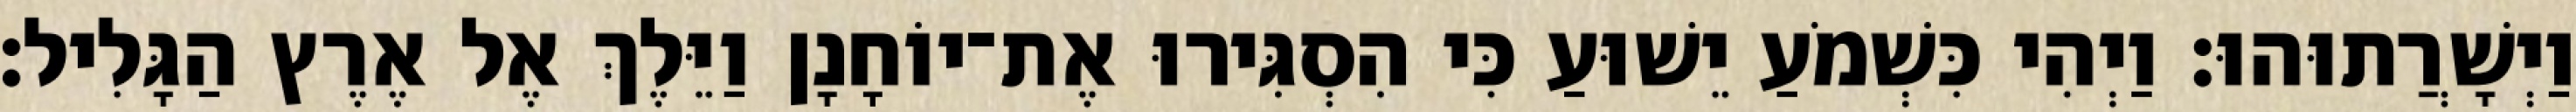
וַיְשָׁרֲתוּהוּ׃ וַיְהִי כִּשְׁמֹעַ יֵשׁוּעַ כִּי הִסְגִּירוּ אֶת־יוֹחָנָן וַיֵּלֶךְ אֶל אֶרֶץ הַגָּלִיל׃